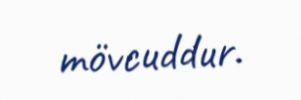
mövcuddur.